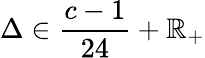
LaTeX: \Delta\in{\frac{c-1}{24}}+\mathbb{R}_{+}